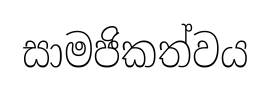
සාමජිකත්වය